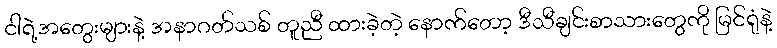
ငါရဲ့အတွေးများနဲ့ အနာဂတ်သစ် တူညီ ထားခဲ့တဲ့ နောက်တော့ ဒီသီချင်းစာသားတွေကို မြင်ရုံနဲ့